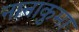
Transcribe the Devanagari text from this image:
नानाकुमा